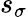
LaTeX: s_{\sigma}